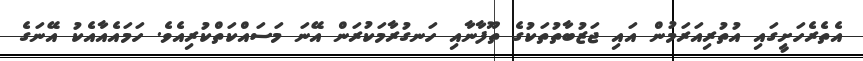
އެތެރެހަށީގައި އުތުރިއަރަމުން އައި ޖަޒުބާތުތަކުގެ ތޫފާނާއި ހަނގުރާމަކުރަން އޭނަ މަސައްކަތްކުރިއެވެ. ހަމައެއާއެކު އޭނަގެ